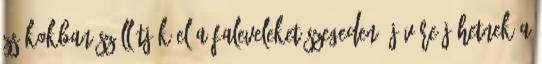
zsákokban szállítják el a faleveleket Szegeden, jövőre jöhetnek a